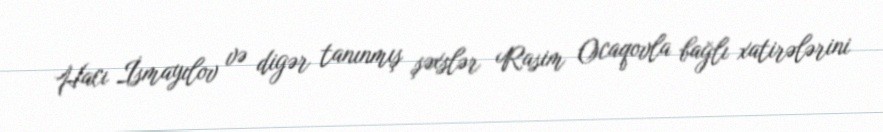
Hacı İsmayılov və digər tanınmış şəxslər Rasim Ocaqovla bağlı xatirələrini